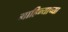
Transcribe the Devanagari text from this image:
माहिन्याच्या